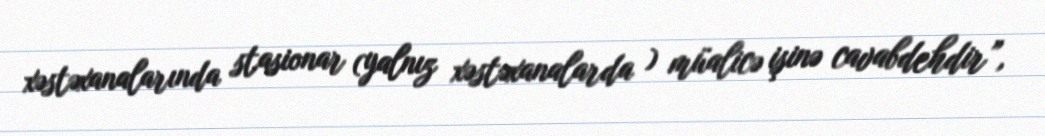
xəstəxanalarında stasionar (yalnız xəstəxanalarda ) müalicə işinə cavabdehdir”,